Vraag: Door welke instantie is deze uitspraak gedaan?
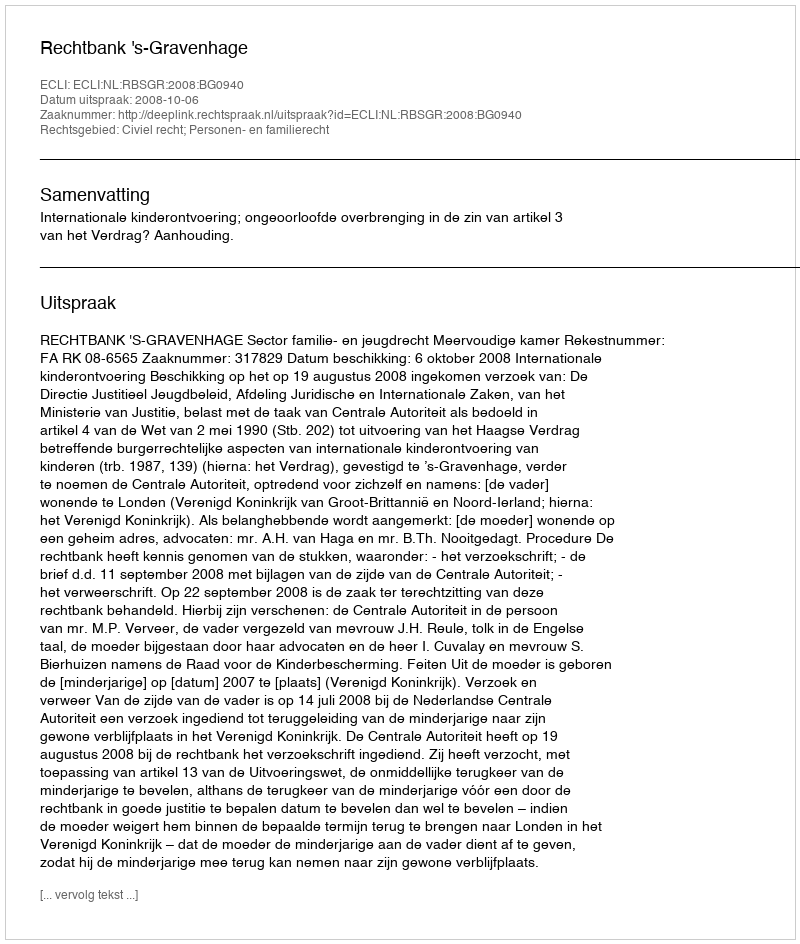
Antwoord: Rechtbank 's-Gravenhage